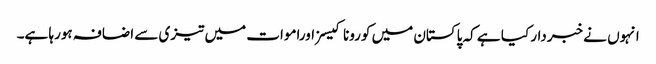
انہوں نے خبردار کیا ہے کہ پاکستان میں کورونا کیسزاوراموات میں تیزی سے اضافہ ہورہا ہے۔